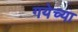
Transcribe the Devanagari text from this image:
गयेच्या